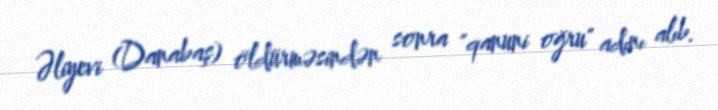
Əliyevi (Danabaş) öldürməsindən sonra "qanuni oğru" adını alıb.